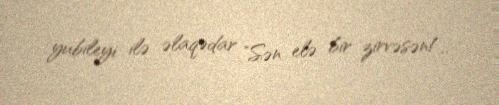
yubileyi ilə əlaqədar "Sən elə bir zirvəsən!..